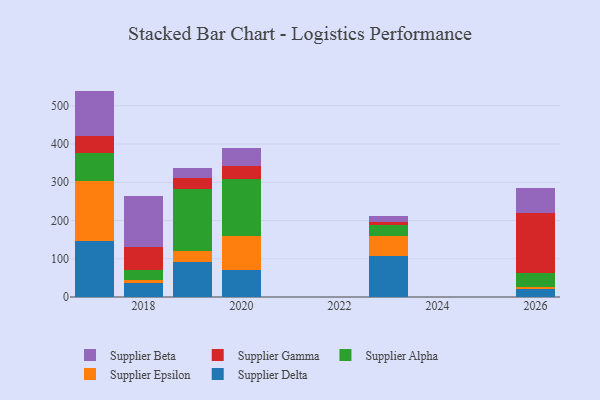
{"axis": {"x": "Year", "y": "Production Output"}, "legend": ["Supplier Alpha", "Supplier Beta", "Supplier Delta", "Supplier Epsilon", "Supplier Gamma"], "data": [{"x": "2019", "y": 92.4, "type": "Supplier Delta"}, {"x": "2019", "y": 28.3, "type": "Supplier Epsilon"}, {"x": "2019", "y": 161.7, "type": "Supplier Alpha"}, {"x": "2019", "y": 28.9, "type": "Supplier Gamma"}, {"x": "2019", "y": 26.7, "type": "Supplier Beta"}, {"x": "2017", "y": 145.4, "type": "Supplier Delta"}, {"x": "2017", "y": 157.2, "type": "Supplier Epsilon"}, {"x": "2017", "y": 74.5, "type": "Supplier Alpha"}, {"x": "2017", "y": 43.4, "type": "Supplier Gamma"}, {"x": "2017", "y": 118.4, "type": "Supplier Beta"}, {"x": "2020", "y": 69.8, "type": "Supplier Delta"}, {"x": "2020", "y": 88.8, "type": "Supplier Epsilon"}, {"x": "2020", "y": 149.5, "type": "Supplier Alpha"}, {"x": "2020", "y": 35.3, "type": "Supplier Gamma"}, {"x": "2020", "y": 47.3, "type": "Supplier Beta"}, {"x": "2023", "y": 107.7, "type": "Supplier Delta"}, {"x": "2023", "y": 51.2, "type": "Supplier Epsilon"}, {"x": "2023", "y": 28.7, "type": "Supplier Alpha"}, {"x": "2023", "y": 9.5, "type": "Supplier Gamma"}, {"x": "2023", "y": 14.6, "type": "Supplier Beta"}, {"x": "2026", "y": 19.7, "type": "Supplier Delta"}, {"x": "2026", "y": 5.8, "type": "Supplier Epsilon"}, {"x": "2026", "y": 36.3, "type": "Supplier Alpha"}, {"x": "2026", "y": 157.2, "type": "Supplier Gamma"}, {"x": "2026", "y": 67.0, "type": "Supplier Beta"}, {"x": "2018", "y": 37.9, "type": "Supplier Delta"}, {"x": "2018", "y": 5.6, "type": "Supplier Epsilon"}, {"x": "2018", "y": 26.8, "type": "Supplier Alpha"}, {"x": "2018", "y": 60.6, "type": "Supplier Gamma"}, {"x": "2018", "y": 134.1, "type": "Supplier Beta"}]}